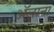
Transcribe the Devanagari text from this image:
ॲलाना